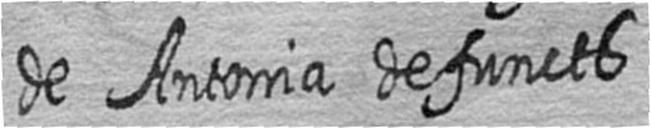
de Antonia defuncts